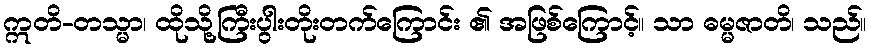
ဣတိ-တသ္မာ၊ ထိုသို့ကြီးပွါးတိုးတက်ကြောင်း ၏ အဖြစ်ကြောင့်။ သာ ဓမ္မဇာတိ၊ သည်။